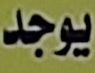
يوجد